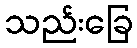
သည်းခြေ